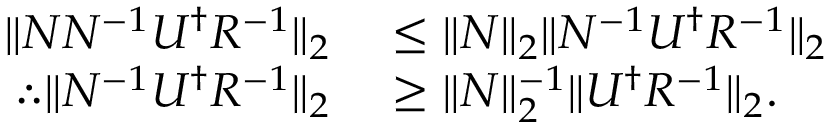
\begin{array} { r l } { \| N N ^ { - 1 } U ^ { \dag } R ^ { - 1 } \| _ { 2 } } & { { } \leq \| N \| _ { 2 } \| N ^ { - 1 } U ^ { \dag } R ^ { - 1 } \| _ { 2 } } \\ { \therefore \| N ^ { - 1 } U ^ { \dag } R ^ { - 1 } \| _ { 2 } } & { { } \geq \| N \| _ { 2 } ^ { - 1 } \| U ^ { \dagger } R ^ { - 1 } \| _ { 2 } . } \end{array}